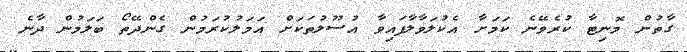
ގާތުން މޮނިޓާ ކުރެވޭނެ ކަމަށާ އެކުލަވާލާފައިވާ އުސޫލުތަކަށް އަމަލުކުރަމުން ގެންދޭތޯ ބަލަމުން ދާނެ